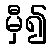
မှီ၍